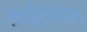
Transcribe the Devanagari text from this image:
क्राईटेरियोन